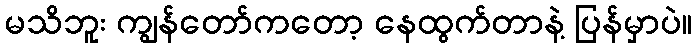
မသိဘူး ကျွန်တော်ကတော့ နေထွက်တာနဲ့ ပြန်မှာပဲ။